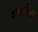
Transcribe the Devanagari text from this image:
पाळलेला